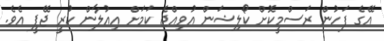
އޭގެ ފަހުން ރަސްމީކޮށް ކޯލިޝަން އުވިއްޖެ ކަމަށް އިއުލާން ކުރީ ޖޭޕީ އެވެ.